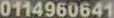
0114960641